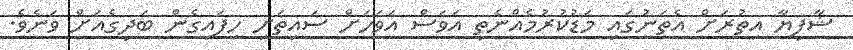
ޝާފިޔާ އިތުރަށް އެތަނުގައި މަޑުކުރުމެއްނެތި އަވަސް އަވަހަށް ސައިތަށި ހިފައިގެން ބަދިގެއަށް ވަނެވެ.